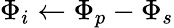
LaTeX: {\Phi_{i}}\gets{\Phi_{p}}-{\Phi_{s}}